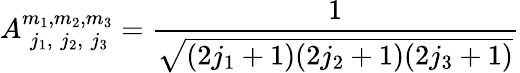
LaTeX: A_{\; j_{1},\; j_{2},\; j_{3}}^{m_{1},m_{2},m_{3}}=\frac{1}{\sqrt{(2j_{1}+1)(2j_{2}+1)(2j_{3}+1)}}